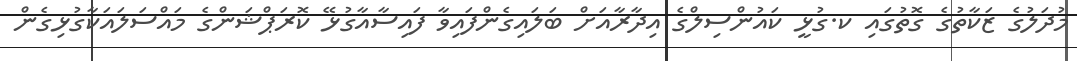
މުދަލުގެ ޒަކާތުގެ ގޮތުގައި ކ.ގުޅީ ކައުންސިލްގެ އިދާރާއަށް ބަލައިގެންފައިވާ ފައިސާއާގުޅޭ ކޮރަޕްޝަންގެ މައްސަލައަކާގުޅިގެން